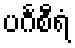
ပင်္ဂစီရံ